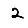
Digit: 2